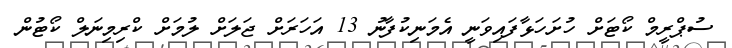
ސުޕްރީމް ކޯޓަށް ހުށަހަޅާފައިވަނީ އެމަނިކުފާނު 13 އަހަރަށް ޖަލަށް ލުމަށް ކްރިމިނަލް ކޯޓުން